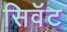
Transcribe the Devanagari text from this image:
सिवॅट